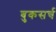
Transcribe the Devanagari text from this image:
बुकसर्च